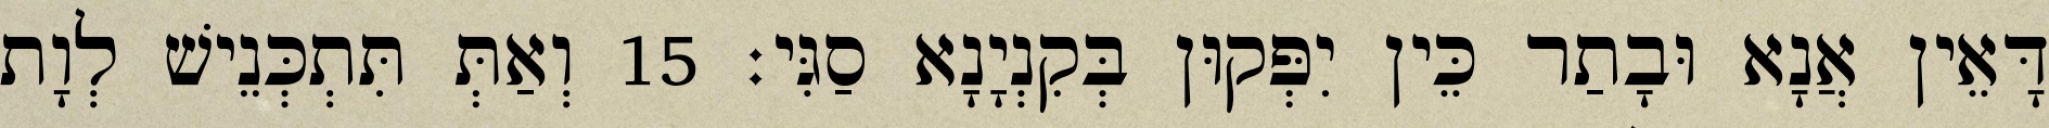
דָּאֵין אֲנָא וּבָתַר כֵּין יִפְּקוּן בְּקִנְיָנָא סַגִּי׃ 15 וְאַתְּ תִּתְכְּנֵישׁ לְוָת